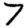
Digit: 7